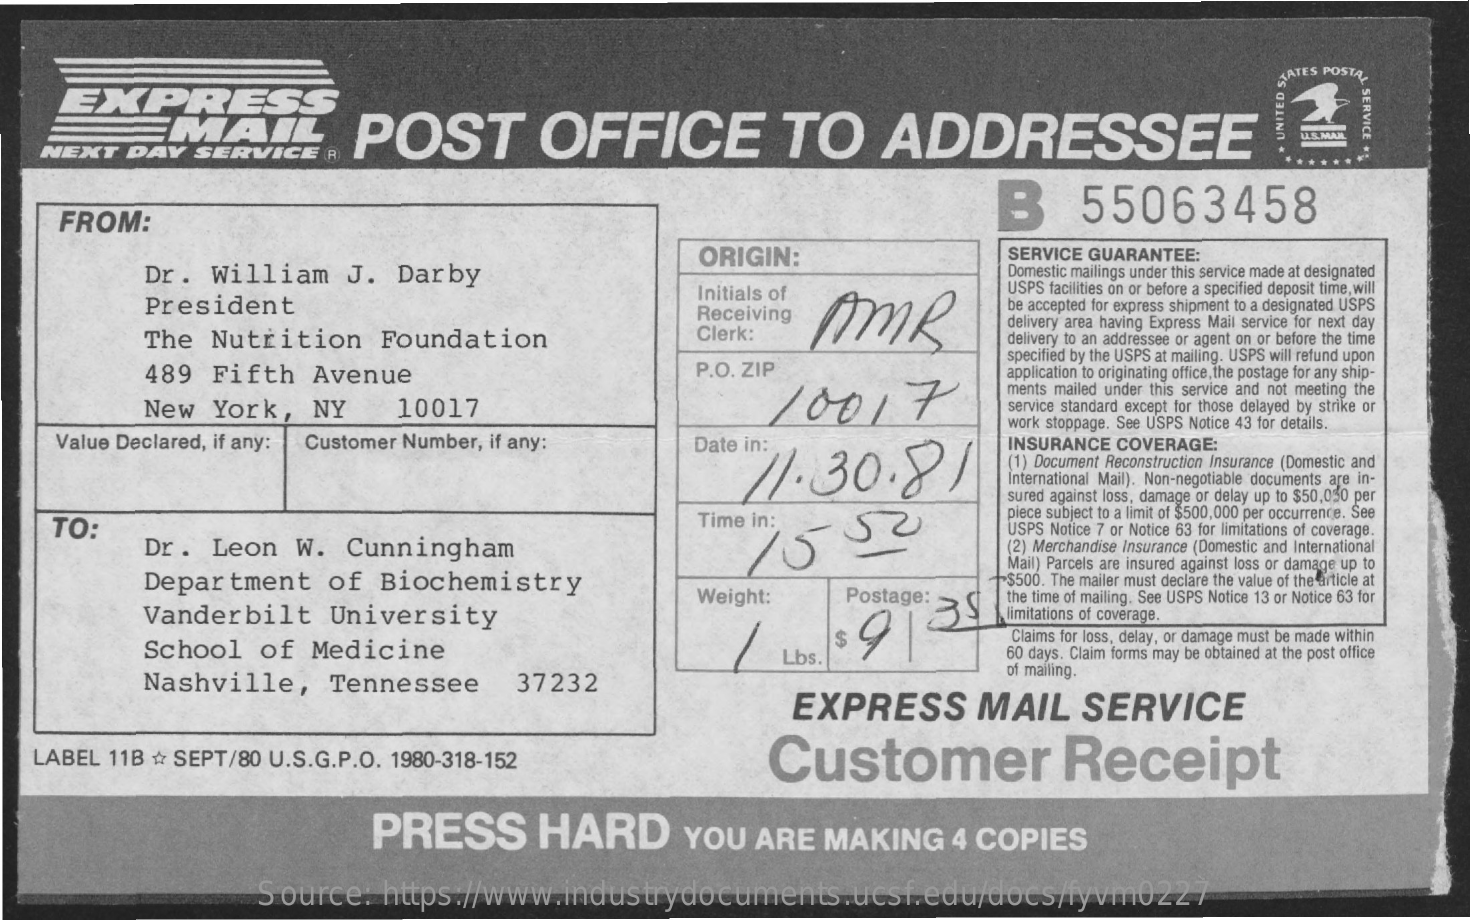
EXPRESS
     TATES POSTA
     SERVICE EMAIL POST OFFICE TO ADDRESSEE
   NEXT DAY SERVICE R
     .
     UNITED
     S)
     B    55063458
    FROM:
     Dr. William  J. Darby
     ORIGIN:    SERVICE GUARANTEE:
     Domestic mailings under this service made at designated
     President
     Initials of
     Receiving AMR
     USPS facilities on or before a specified deposit time, will
     be accepted for express shipment to a designated USPS
     The Nutrition  Foundation    Clerk:
     delivery area having Express Mail service for next day
     delivery to an addressee or agent on or before the time
     489 Fifth  Avenue    P.O. ZIP
     specified by the USPS at mailing. USPS will refund upon
     New York,  NY    10017
     application to originating office, the postage for any ship-
     10017
     ments mailed under this service and not meeting the
     service standard except for those delayed by strike or
    Value Declared, if any: Customer Number, if any:
     work stoppage. See USPS Notice 43 for details.
     Date in:
     11.30.91
     INSURANCE COVERAGE:
     (1) Document Reconstruction Insurance (Domestic and
     International Mail). Non-negotiable documents are in-
     sured against loss, damage or delay up to $50,030 per
    TO:    Time in:
     15    52
     piece subject to a limit of $500,000 per occurrence. See
     Dr. Leon W.  Cunningham
     USPS Notice 7 or Notice 63 for limitations of coverage.
     (2) Merchandise Insurance (Domestic and International
     Department of  Biochemistry
     Mail) Parcels are insured against loss or damage up to
     Weight:  Postage:
     >$500. The mailer must declare the value of the article at
     Vanderbilt  University
     the time of mailing. See USPS Notice 13 or Notice 63 for
     limitations of coverage.
     School of Medicine    $ 9134
     Claims for loss, delay, or damage must be made within
     Lbs.    60 days. Claim forms may be obtained at the post office
     Nashville,  Tennessee  37232
     of mailing.
     EXPRESS    MAIL  SERVICE
  LABEL 11B * SEPT/80 U.S.G.P.O. 1980-318-152   Customer    Receipt
     PRESS    HARD    YOU  ARE MAKING  4 COPIES
     Source: https://www.industrydocuments.ucsf.edu/docs/fyvm0227